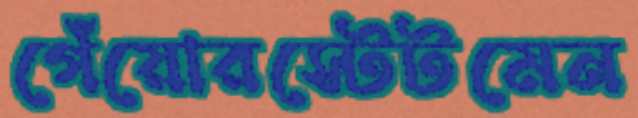
গেঁয়োরস্টেটমেন